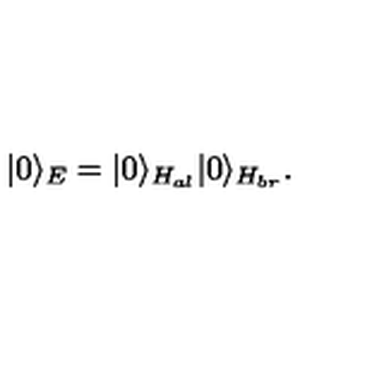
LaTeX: | 0 \rangle _ { E } = | 0 \rangle _ { H _ { a l } } | 0 \rangle _ { H _ { b r } } .